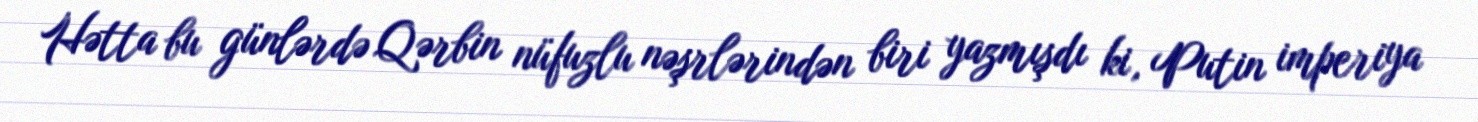
Hətta bu günlərdə Qərbin nüfuzlu nəşrlərindən biri yazmışdı ki, Putin imperiya